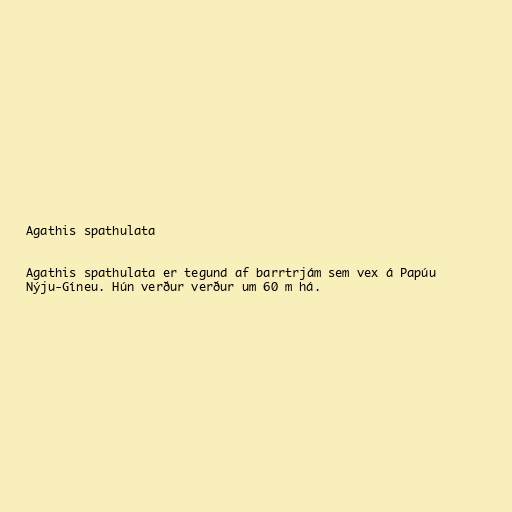
Agathis spathulata

Agathis spathulata er tegund af barrtrjám sem vex á Papúu
Nýju-Gíneu. Hún verður verður um 60 m há.